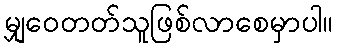
မျှဝေတတ်သူဖြစ်လာစေမှာပါ။